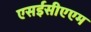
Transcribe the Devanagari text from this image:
एसईसीएएम